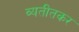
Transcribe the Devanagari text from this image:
व्यतीतकर